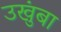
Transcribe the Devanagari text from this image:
उखुंबा